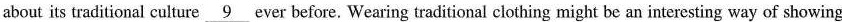
about its traditional culture \underline{9} ever before. Wearing traditional clothing might be an interesting way of showing